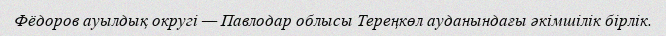
Фёдоров ауылдық округі — Павлодар облысы Тереңкөл ауданындағы әкімшілік бірлік.